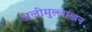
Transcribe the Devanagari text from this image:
अलीमुल्लाखन